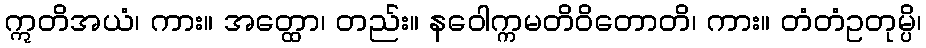
ဣတိအယံ၊ ကား။ အတ္ထော၊ တည်း။ နဝေါက္ကမတိဝိတောတိ၊ ကား။ တံတံဥတုမ္ပိ၊